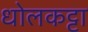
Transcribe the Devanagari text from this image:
धोलकट्टा